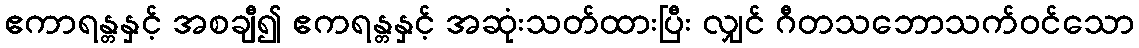
ဧကာရန္တနှင့် အစချီ၍ ဧကရန္တနှင့် အဆုံးသတ်ထားပြီး လျှင် ဂီတသဘောသက်ဝင်သော